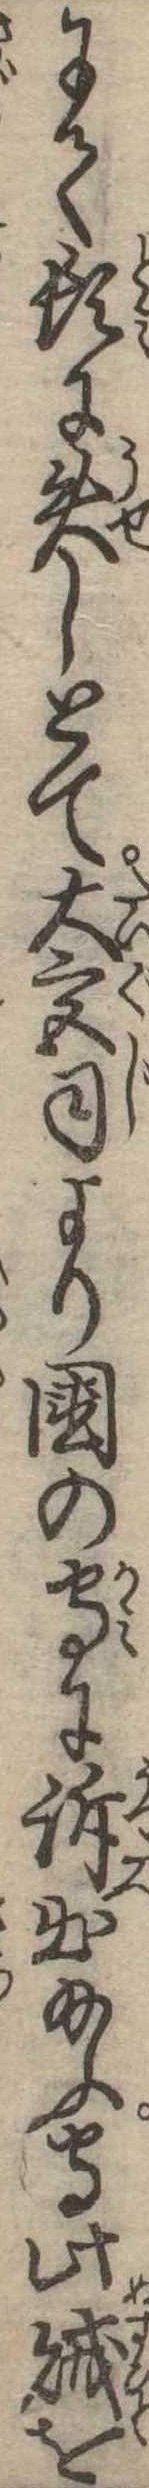
にて頓に失しとて大宮司より国の守に訴出給ふ守此賊を